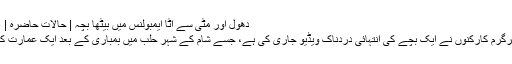
دھول اور مٹی سے اٹا ایمبولنس میں بیٹھا بچہ | حالات حاضرہ | DW | 18.08.2016
شام کی اپوزیشن کے سرگرم کارکنوں نے ایک بچے کی انتہائی دردناک ویڈیو جاری کی ہے، جسے شام کے شہر حلب میں بمباری کے بعد ایک عمارت کے ملبے سے نکالا گیا۔